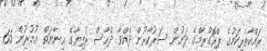
ރައްކާތެރިކަމުގެ ޕްރޮގްރާމްގެ ދަށުން ސަރުކާރުން ދެއްވާ ދެހާސް ރުފިޔާގެ ޢިނާޔަތް ޢުމުރުން 65